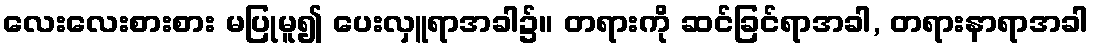
လေးလေးစားစား မပြုမူ၍ ပေးလှူရာအခါ၌။ တရားကို ဆင်ခြင်ရာအခါ, တရားနာရာအခါ